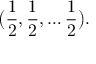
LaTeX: { \bigl ( } { \frac { 1 } { 2 } } , { \frac { 1 } { 2 } } , \ldots { \frac { 1 } { 2 } } { \bigr ) } .